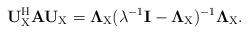
LaTeX: \begin{align*} \mathbf{U}_{\rm X}^{\rm H}\mathbf{A}\mathbf{U}_{\rm X}= \mathbf{\Lambda}_{\rm X}(\lambda^{-1}\mathbf{I}-\mathbf{\Lambda}_{\rm X})^{-1}\mathbf{\Lambda}_{\rm X}.\end{align*}